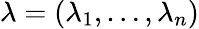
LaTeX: \lambda=(\lambda_{1},\ldots,\lambda_{n})